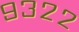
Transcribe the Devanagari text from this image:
९३२२